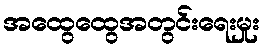
အထွေထွေအတွင်းရေးမှုး